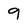
Character: 9